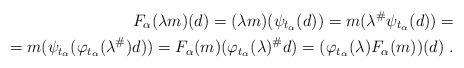
LaTeX: \begin{align*}F_\alpha(\lambda m)(d)=(\lambda m)(\psi_{t_\alpha}(d))=m(\lambda^\#\psi_{t_\alpha}(d))=\\=m(\psi_{t_\alpha}(\varphi_{t_\alpha}(\lambda^\#)d))=F_\alpha(m)(\varphi_{t_\alpha}(\lambda)^\#d)=(\varphi_{t_\alpha}(\lambda)F_\alpha(m))(d)\ .\end{align*}